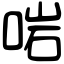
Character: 啱